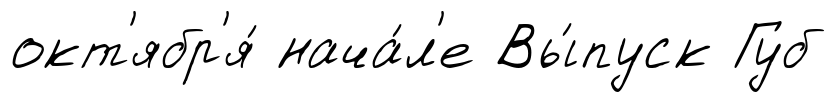
окт'ябр'я́ нача́л'е Вы́пуск Губ